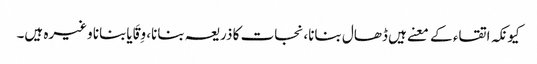
کیونکہ اتقاء کے معنے ہیں ڈھال بنانا، نجات کا ذریعہ بنانا، وِقَایابنانا وغیرہ ہیں۔